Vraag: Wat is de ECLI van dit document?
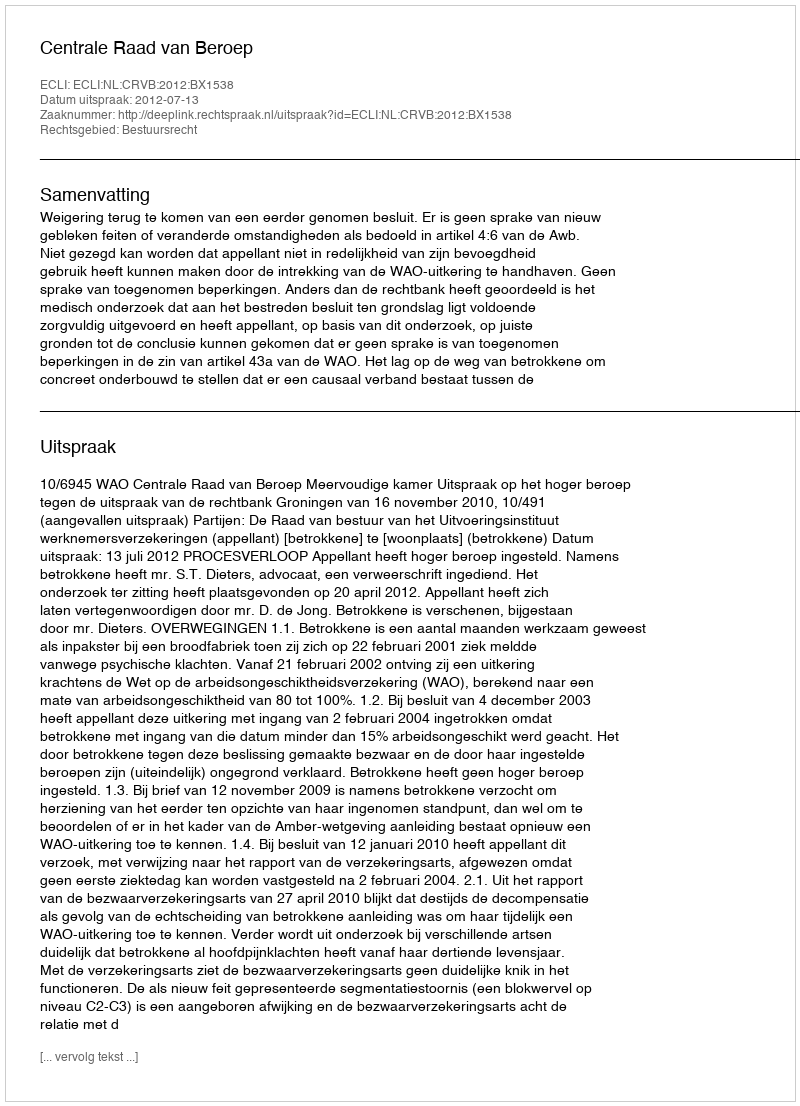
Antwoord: ECLI:NL:CRVB:2012:BX1538